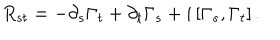
LaTeX: R _ { s t } = - \partial _ { s } \Gamma _ { t } + \partial _ { t } \Gamma _ { s } + i \left[ \Gamma _ { s } , \Gamma _ { t } \right] .